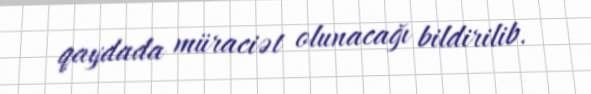
qaydada müraciət olunacağı bildirilib.